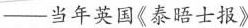
—当年英国《泰晤士报》